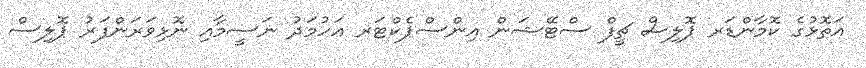
އަތޮޅުގެ ކޮމާންޑަރ ޕޮލިސް ޗީފް ސްޓޭޝަން އިންސްޕެކްޓަރ އަހުމަދު ނަސީމާއި ނޮޅިވަރަންފަރު ޕޮލިސް